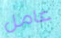
عامل